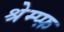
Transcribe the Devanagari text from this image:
श्रेम्प्फ़